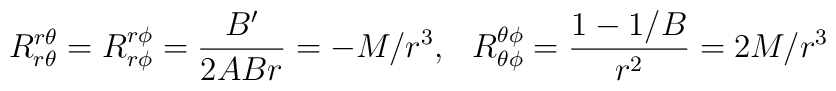
R^{r\theta}_{r\theta} = R^{r\phi}_{r\phi} = \frac{B^{\prime}}{2ABr} = - M/r^3, \hspace{0.3cm}R^{\theta\phi}_{\theta\phi} = \frac{1 - 1/B}{r^2} = 2M/r^3